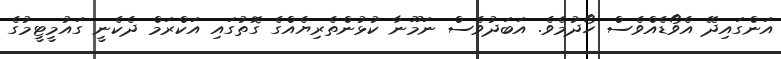
އަންގައިދޭ އެވޯޑެއްވެސް ހޯދުމެވެ. އަބަދުވެސް ނަމޫނާ ކުޅުންތެރިޔެއްގެ ގޮތުގައި އަކްރަމް ދެކެނީ ގައުމީޓީމުގެ